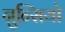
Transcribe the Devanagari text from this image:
नुन्सियो